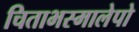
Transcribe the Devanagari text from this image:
चिताभस्मालेपो